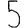
Digit: 5